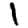
Digit: 1